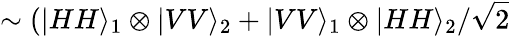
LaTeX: \sim(|HH\rangle_{1}\otimes|VV\rangle_{2}+|VV\rangle_{1}\otimes|HH\rangle_{2}/\sqrt{2}